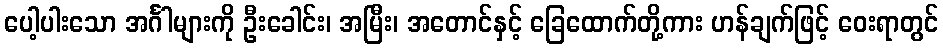
ပေါ့ပါးသော အင်္ဂါများကို ဦးခေါင်း၊ အမြီး၊ အတောင်နှင့် ခြေထောက်တို့ကား ဟန်ချက်ဖြင့် ဝေးရာတွင်